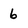
Character: 6